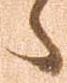
へ